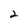
Character: 2